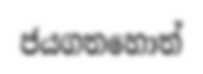
ජයගතහොත්